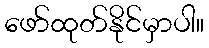
ဖော်ထုတ်နိုင်မှာပါ။